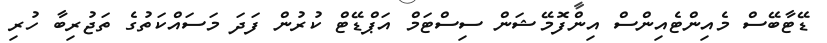
ޑޭޓާބޭސް މެއިންޓެއިންސް އިންފޮމޭޝަން ސިސްޓަމް އަޕްޑޭޓް ކުރުން ފަދަ މަސައްކަތުގެ ތަޖުރިބާ ހުރި